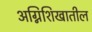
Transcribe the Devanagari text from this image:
अग्निशिखातील